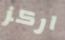
اركز